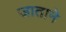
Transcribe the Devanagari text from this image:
जाताने